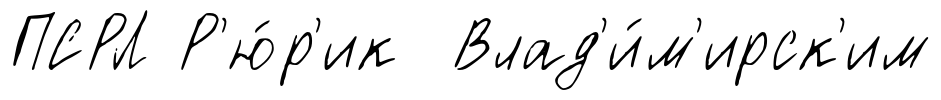
ПСРЛ Р'ю́р'ик Влад'и́м'ирск'им